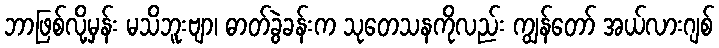
ဘာဖြစ်လို့မှန်း မသိဘူးဗျာ၊ ဓာတ်ခွဲခန်းက သုတေသနကိုလည်း ကျွန်တော် အယ်လားဂျစ်